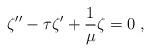
LaTeX: \begin{align*}\zeta''-\tau\zeta'+\frac1{\mu}\zeta=0\;,\end{align*}